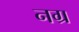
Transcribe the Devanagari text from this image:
नग्र